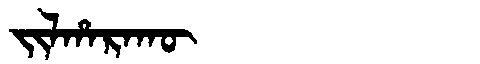
Manchu: ᠵᡳᠯᡥᠠᡵᠠᡴᡡ
Romanization: JILHARAKŪ